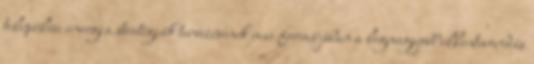
települési energia stratégiák tervezésének mai formájában a legnagyobb ellentmondás